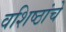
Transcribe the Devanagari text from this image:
वशिष्ठांचे